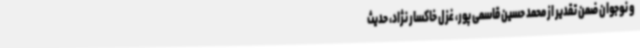
و نوجوان ضمن تقدیر از محمد حسین قاسمی پور، غزل خاکسار نژاد، حدیث